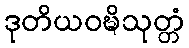
ဒုတိယဝဍ္ဎိသုတ္တံ